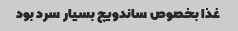
غذا بخصوص ساندویچ بسیار سرد بود